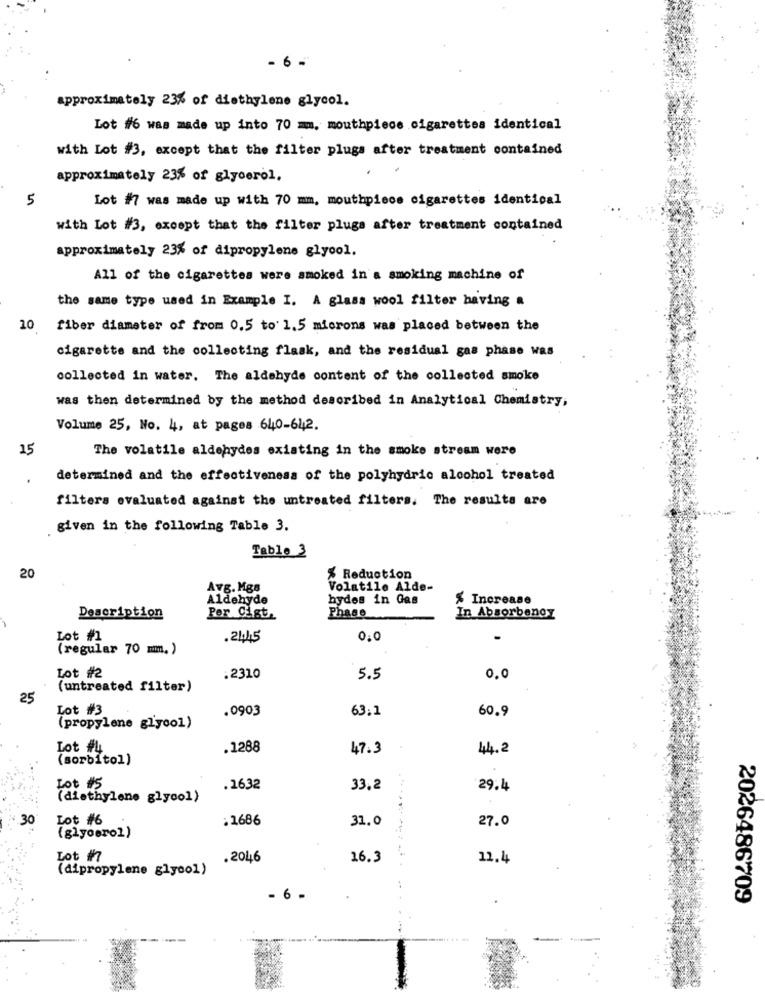
- 6 -
approximately 23% of diethylene glycol.
Lot #6 was made up into 70 mm, mouthpiece cigarettes identical
with Lot #3, except that the filter plugs after treatment contained
approximately 23% of glycerol.
5
Lot #7 was made up with 70 mm, mouthpiece cigarettes identical
with Lot #3, except that the filter plugs after treatment contained
approximately 23% of dipropylene glycol.
All of the cigarettes were smoked in a smoking machine of
the same type used in Example I. A glass wool filter having a
10
fiber diameter of from 0.5 to 1.5 microns was placed between the
cigarette and the collecting flask, and the residual gas phase was
collected in water. The aldehyde content of the collected smoke
was then determined by the method described in Analytical Chemistry,
Volume 25, No. 4, at pages 640-642.
15
The volatile aldehydes existing in the smoke stream were
determined and the effectiveness of the polyhydric alcohol treated
filters evaluated against the untreated filters. The results are
given in the following Table 3.
Table 3
20
% Reduction
AVE. Mgs
Volatile Alde-
Aldehyde
hydes in Gas
% Increase
Description
Per Cist.
Phase
In Absorbenoy
Lot #1
.24,45
0,0
(regular 70 mm. )
Lot #2
:2310
5.5
0.0
(untreated filter)
25
Lot #3
.0903
63:1
60.9
(propylene glycol)
Lot #4
.1288
47.3
44.2
(sorbitol)
Lot #5
.1632
33,2
29.4
(diethylene glycol)
30
Lot #6
: 1686
31.0
27.0
(glycerol)
Lot #7
.2046
16.3
12.4
(dipropylene glycol)
- 6 -
2026486709